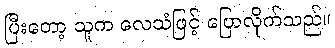
ပြီးတော့ သူက လေသံဖြင့် ပြောလိုက်သည်။